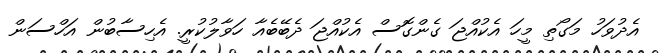
އެދުވަހު މަގޯތި މީހަ އެކުއްޖަ ގެންގޮސް އެކުއްޖަ ދެބޭބެއާ ހަވާލުކުރީ. އެހިސާބުން އަހްސަން